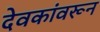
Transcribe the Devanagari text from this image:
देवकांवरून